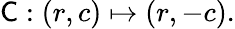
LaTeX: {\mathsf{C}}:(r,c)\mapsto(r,-c).